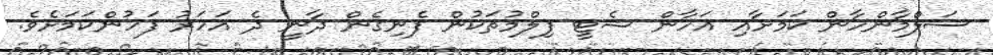
ސަލްމާންހާން ކަމަށާއި އަހާން ޝެޓީ ފިލްމުތަކުން ފެނިގެން ދާނީ ދެ އަހަރު ފަހުންކަމަށެވެ.